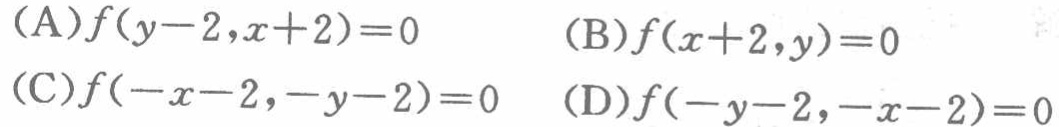
(A)$f(y - 2,x + 2)=0$  (B)$f(x + 2,y)=0$
(C)$f(-x - 2,-y - 2)=0$  (D)$f(-y - 2,-x - 2)=0$